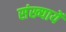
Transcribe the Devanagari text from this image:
संख्यायेँ